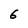
Character: 6